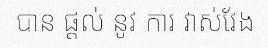
បាន ផ្តល់ នូវ ការ វាស់វែង